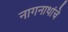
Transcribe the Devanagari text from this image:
नागनाथांचे